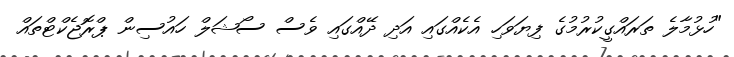
"ހުޅުމާލެ ތަރައްގީކުރުމުގެ ފިޔަވަހި އެކެއްގައި އަދި ދޭއްގައި ވެސް ސޯޝަލް ހައުސިން ޕްރޮޖެކްޓްތައް